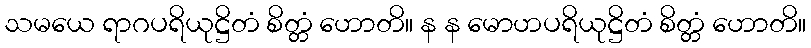
သမယေ ရာဂပရိယုဋ္ဌိတံ စိတ္တံ ဟောတိ။ န န မောဟပရိယုဋ္ဌိတံ စိတ္တံ ဟောတိ။